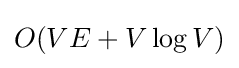
O(VE+V\log V)